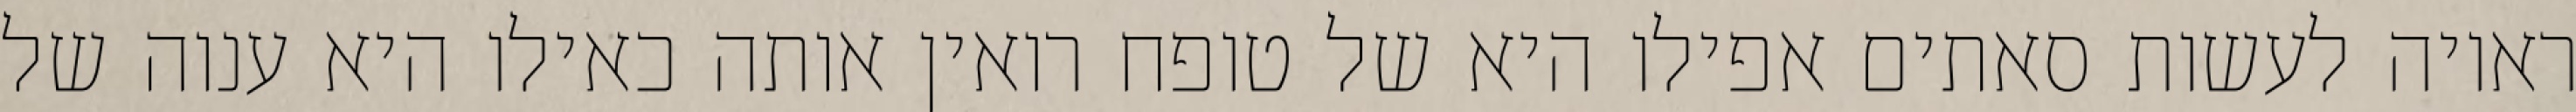
ראויה לעשות סאתים אפילו היא של טופח רואין אותה כאילו היא ענוה של